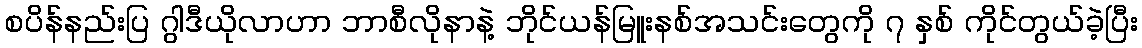
စပိန်နည်းပြ ဂွါဒီယိုလာဟာ ဘာစီလိုနာနဲ့ ဘိုင်ယန်မြူးနစ်အသင်းတွေကို ၇ နှစ် ကိုင်တွယ်ခဲ့ပြီး